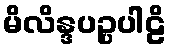
မိလိန္ဒပဉ္ပပါဠိ